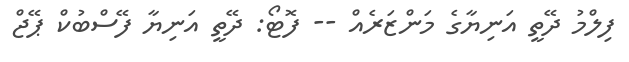
ފިލްމު ދޭތީ އަނިޔާގެ މަންޒަރެއް -- ފޮޓޯ: ދޭތީ އަނިޔާ ފޭސްބުކް ޕޭޖް